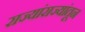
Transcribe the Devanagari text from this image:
राज्यांराज्यांतून